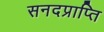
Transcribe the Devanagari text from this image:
सनदप्राप्ति